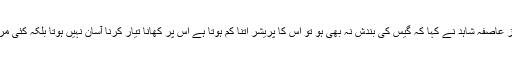
لاہور شہر سے تاجپورہ کی رہائشی مسز عاصفہ شاہد نے کہا کہ گیس کی بندش نہ بھی ہو تو اس کا پریشر اتنا کم ہوتا ہے اس پر کھانا تیار کرنا آسان نہیں ہوتا بلکہ کئی مرتبہ تو لکڑی جلاکر کھانا بنانا پڑتا ہے۔